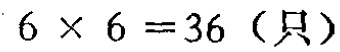
\(6\times6 = 36\)（只）